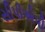
સીપીએપી